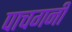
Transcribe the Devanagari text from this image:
पाचगनी